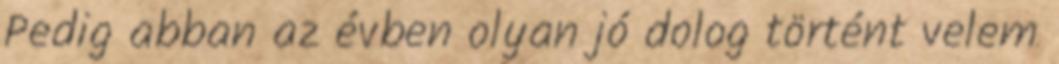
Pedig abban az évben olyan jó dolog történt velem